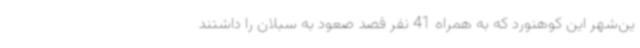
ین‌شهر این کوهنورد که به همراه 41 نفر قصد صعود به سبلان را داشتند